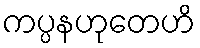
ကပ္ပနဟုတေဟိ